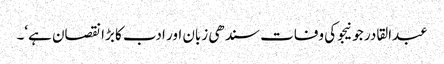
عبدالقادر جونیجو کی وفات سندھی زبان اور ادب کا بڑا نقصان ہے‘۔